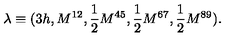
\lambda \equiv ( 3 h , M ^ { 1 2 } , { \frac { 1 } { 2 } } M ^ { 4 5 } , { \frac { 1 } { 2 } } M ^ { 6 7 } , { \frac { 1 } { 2 } } M ^ { 8 9 } ) .